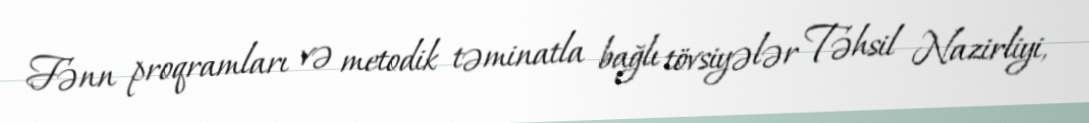
Fənn proqramları və metodik təminatla bağlı tövsiyələr Təhsil Nazirliyi,